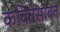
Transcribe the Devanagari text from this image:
कवितेसोबत